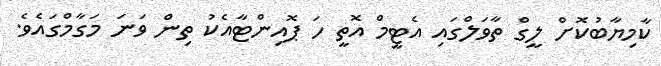
ކާމިޔާބުކޮށް ލީގް ތާވަލްގައި އެޓީމް އޮތީ ހަ ޕޮއިންޓާއެކު ތިން ވަނަ މަގާމްގައެވެ.